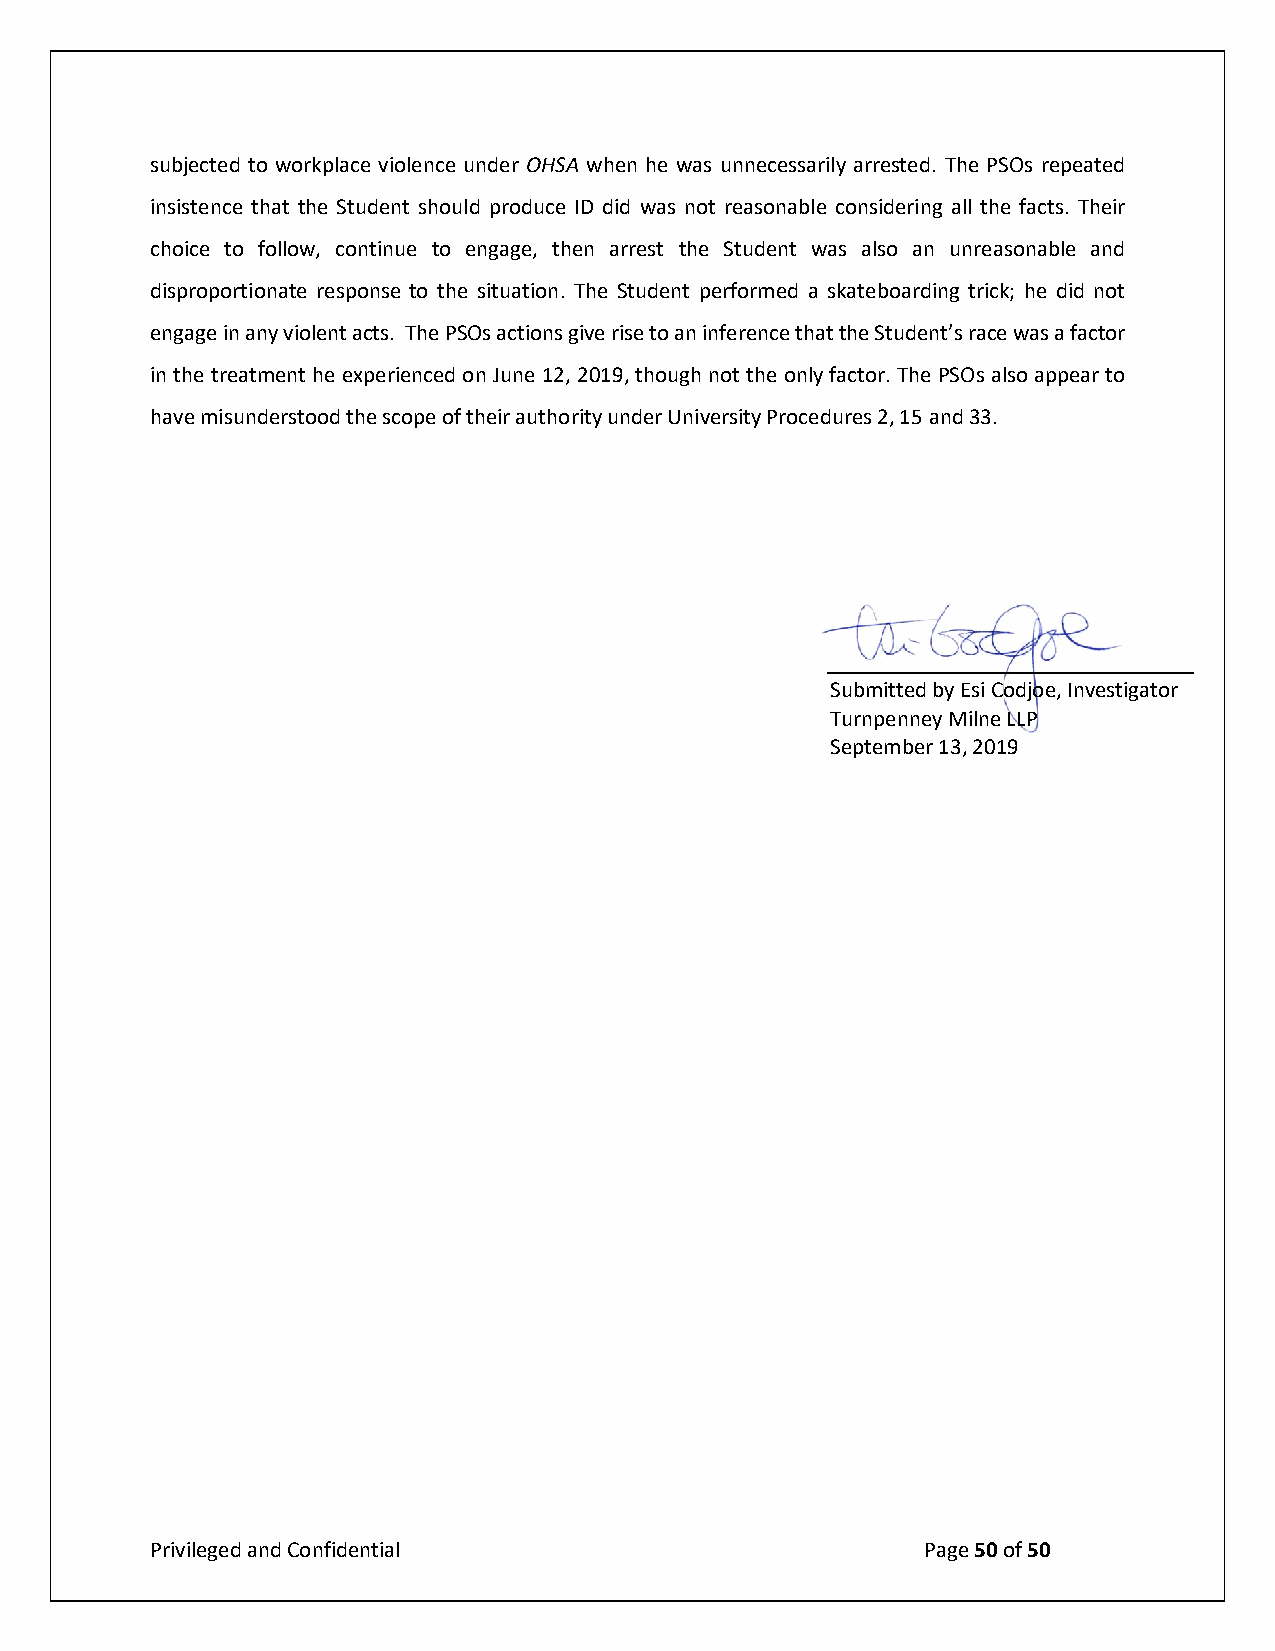
subjected to workplace violence under OHSA when he was unnecessarily arrested. The PSOs repeated
 insistence that the Student should produce ID did was not reasonable considering all the facts. Their
 choice to follow, continue to engage, then arrest the Student was also an unreasonable and
 disproportionate response to the situation. The Student performed a skateboarding trick; he did not
 engage in any violent acts. The PSOs actions give rise to an inference that the Student’s race was a factor
 in the treatment he experienced on June 12, 2019, though not the only factor. The PSOs also appear to
 have misunderstood the scope of their authority under University Procedures 2, 15 and 33.
 Submitted by Esi Codjoe, Investigator
 Turnpenney Milne LLP
 September 13, 2019
 Privileged and Confidential                        Page 50 of 50